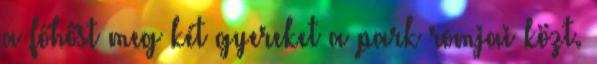
a főhőst meg két gyereket a park romjai közt.